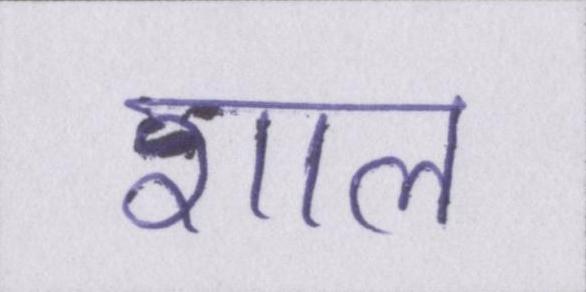
शाल